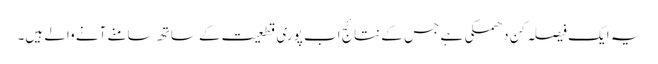
یہ ایک فیصلہ کن دھمکی ہے جس کے نتائج اب پوری قطعیت کے ساتھ سامنے آنے والے ہیں۔